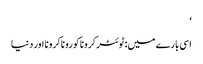
‘
اسی بارے میں: ٹوئٹرکروناکوروناکرونا اور دنیا